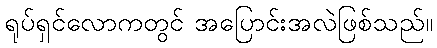
ရုပ်ရှင်လောကတွင် အပြောင်းအလဲဖြစ်သည်။